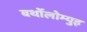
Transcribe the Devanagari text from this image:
बर्थोलोम्युइ